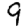
Digit: 9